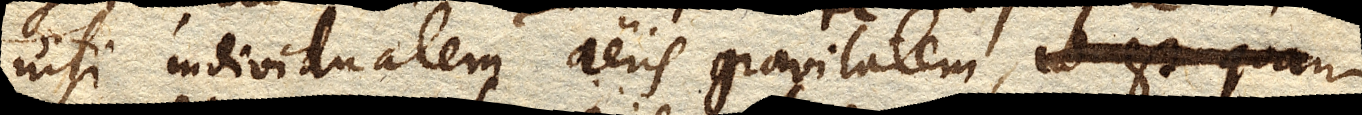
nisi individualem aeris gravitatem, id est quan–